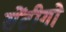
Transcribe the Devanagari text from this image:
सेंटीगो